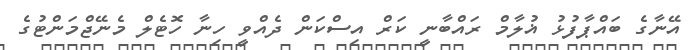
އޭނާގެ ބައްޕާފުޅު ޣުލާމް ރައްބާނީ ކަރް އިސްކަން ދެއްވީ ހިނާ ހޮޓެލް މެނޭޖްމަންޓުގެ